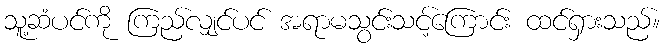
သူ့ဆံပင်ကို ကြည်လျှင်ပင် အရာမသွင်းသင့်ကြောင်း ထင်ရှားသည်။